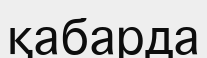
қабарда